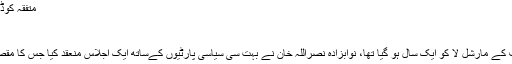
متفقہ کوڈ آف کنڈکٹ - Dunya Pakistan
متفقہ کوڈ آف کنڈکٹ
" سرتاج عزیز "
نومبر 2000 میں جب جنرل مشرف کے مارشل لا کو ایک سال ہو گیا تھا، نوابزادہ نصراللہ خان نے بہت سی سیاسی پارٹیوں کےساتھ ایک اجلاس منعقد کیا جس کا مقصد قومی جمہوری الائنس کا قیام تھا۔